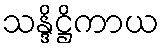
သန္ဒိဋ္ဌိကာယ